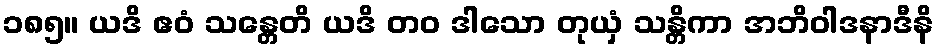
၁၈၅။ ယဒိ ဧဝံ သန္တေတိ ယဒိ တဝ ဒါသော တုယှံ သန္တိကာ အဘိဝါဒနာဒီနိ